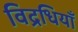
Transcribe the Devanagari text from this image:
विद्रधियाँ